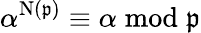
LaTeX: \alpha^{\mathrm{{N}}({\mathfrak{p}})}\equiv\alpha{\bmod{\mathfrak{p}}}